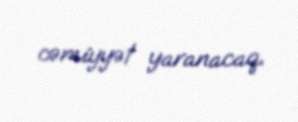
cəmiyyət yaranacaq.